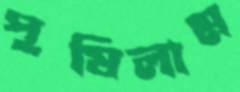
পুষিলাম